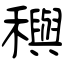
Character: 穥